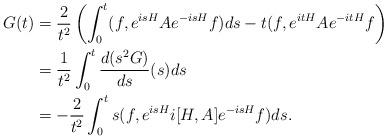
LaTeX: \begin{align*}\begin{aligned}G(t)&=\frac{2}{t^2}\left(\int_0^t (f,e^{isH} Ae^{-isH}{f}) ds -t(f,e^{itH}Ae^{-itH}{f}\right)\\&=\frac{1}{t^2}\int_0^t\frac{d(s^2 G)}{ds}(s)ds\\&=-\frac{2}{t^2}\int_0^ts(f,e^{isH}i[H,A]e^{-isH}f)ds.\end{aligned}\end{align*}